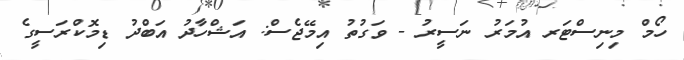
ހޯމް މިނިސްޓަރ އުމަރު ނަސީރު - ވަގުތު އިމޭޖެސް: އަޝްހާދު އަބްދު ޑިމޮކްރަސީގެ